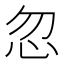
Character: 忽